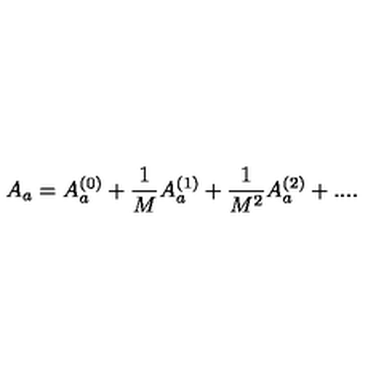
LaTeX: A _ { a } = A _ { a } ^ { ( 0 ) } + \frac { 1 } { M } A _ { a } ^ { ( 1 ) } + \frac { 1 } { M ^ { 2 } } A _ { a } ^ { ( 2 ) } + . . . .